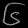
Digit: ၆